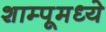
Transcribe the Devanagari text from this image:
शाम्पूमध्ये